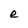
Character: e